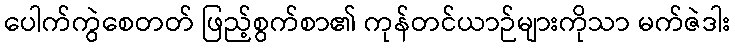
ပေါက်ကွဲစေတတ် ဖြည့်စွက်စာ၏ ကုန်တင်ယာဉ်များကိုသာ မက်ဇဲဒါး